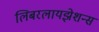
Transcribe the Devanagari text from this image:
लिबरलायझेशन्स